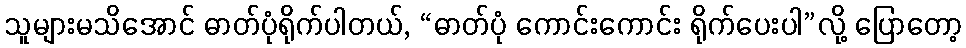
သူများမသိအောင် ဓာတ်ပုံရိုက်ပါတယ်, “ဓာတ်ပုံ ကောင်းကောင်း ရိုက်ပေးပါ”လို့ ပြောတော့